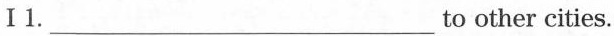
I1. ___ to other cities.